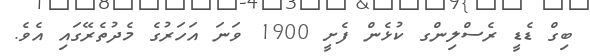
ބިގް ޑެޑީ ރެސްލިންގ ކުޅެން ފެށީ 1900 ވަނަ އަހަރުގެ މެދުތެރޭގައި އެވެ.